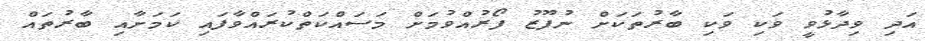
އަދި ވިދާޅުވީ ވަކި ވަކި ބާރުތަކަށް ނުފޫޒު ފޯރުއްވުމަށް މަސައްކަތްކުރައްވާފައި ކަމަށާއި ބާރުތައް